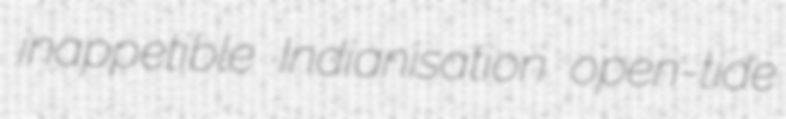
inappetible Indianisation open-tide